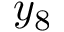
y _ { 8 }